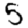
Digit: 5